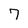
Character: 7